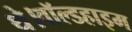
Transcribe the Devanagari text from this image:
थे।वॉल्डहाइम